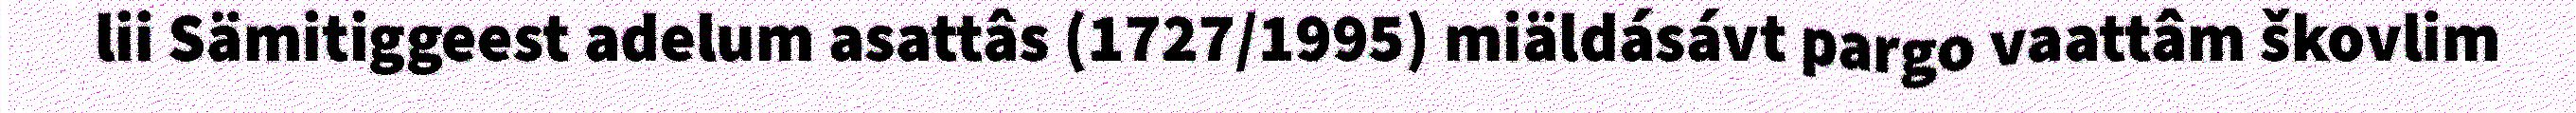
lii Sämitiggeest adelum asattâs (1727/1995) miäldásávt pargo vaattâm škovlim